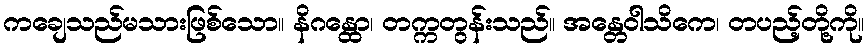
ကချေသည်မသားဖြစ်သော။ နိဂန္ထော၊ တက္ကတွန်းသည်။ အန္တေဝါသိကေ၊ တပည့်တို့ကို။